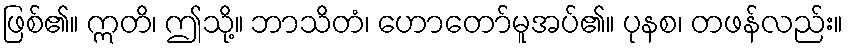
ဖြစ်၏။ ဣတိ၊ ဤသို့။ ဘာသိတံ၊ ဟောတော်မူအပ်၏။ ပုနစ၊ တဖန်လည်း။